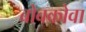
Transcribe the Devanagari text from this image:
बोबकोवा